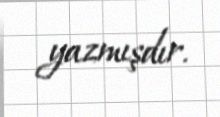
yazmışdır.